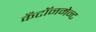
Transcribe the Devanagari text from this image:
कँटॉनमेन्ट